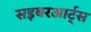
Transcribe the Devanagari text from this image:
सइबरआर्ट्स